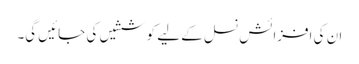
ان کی افزائش نسل کے لیے کوششیں کی جائیں گی۔